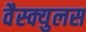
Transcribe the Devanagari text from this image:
वैस्क्युलस